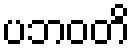
ပဘဝတိ